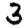
Digit: 3